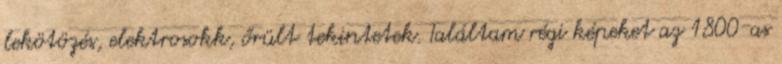
lekötözés, elektrosokk, őrült tekintetek. Találtam régi képeket az 1800-as